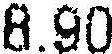
8.90